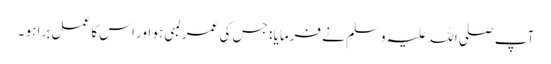
آپ صلی اللہ علیہ وسلم نے فرمایا : جس کی عمر لمبی ہو اور اس کا عمل برا ہو ۔